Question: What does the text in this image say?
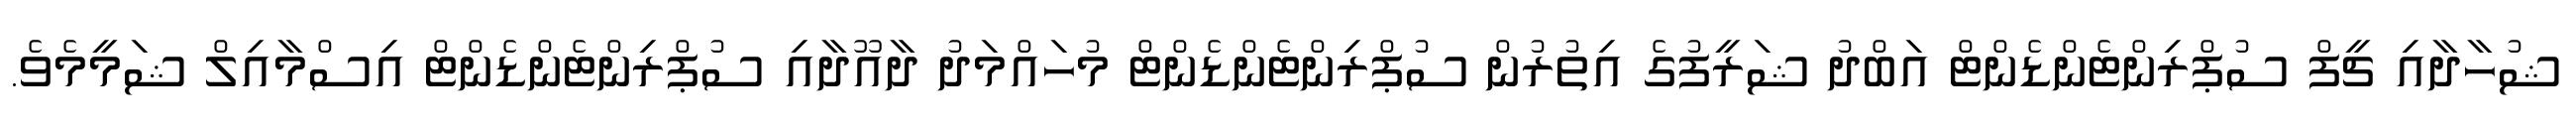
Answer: ޝުހާދާއި ޗީފް ސުޕްރިންޓެންޑެންޓް އަބްދު ޝަރީފުގެ އިތުރުން ސުޕްރިންޓެންޑެންޓް މުހައްމަދު ދާއޫދާއި ސުޕްރިންޓެންޑެންޓް އިސްމާއިލް ޝަމީމެވެ.